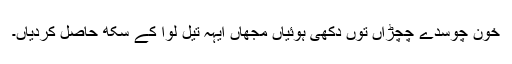
خُون چوسدے چِچڑاں توں دُکھی ہوئیاں مجھاں ایہہ تیل لوا کے سُکھ حاصل کردیاں۔